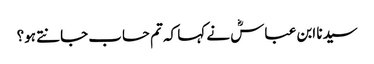
سیدنا ابن عباسؓ نے کہا کہ تم حساب جانتے ہو؟